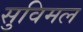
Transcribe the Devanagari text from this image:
सुविमल